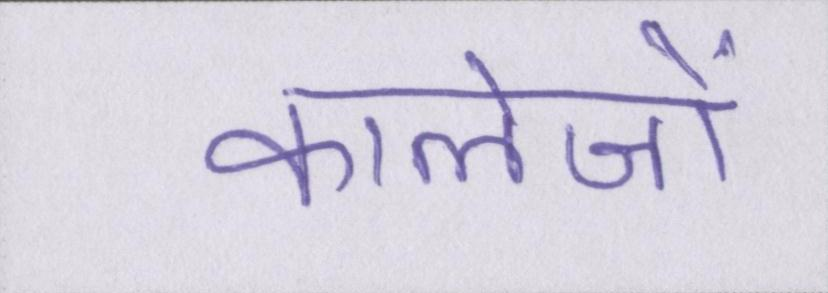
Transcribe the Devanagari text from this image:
कालेजों